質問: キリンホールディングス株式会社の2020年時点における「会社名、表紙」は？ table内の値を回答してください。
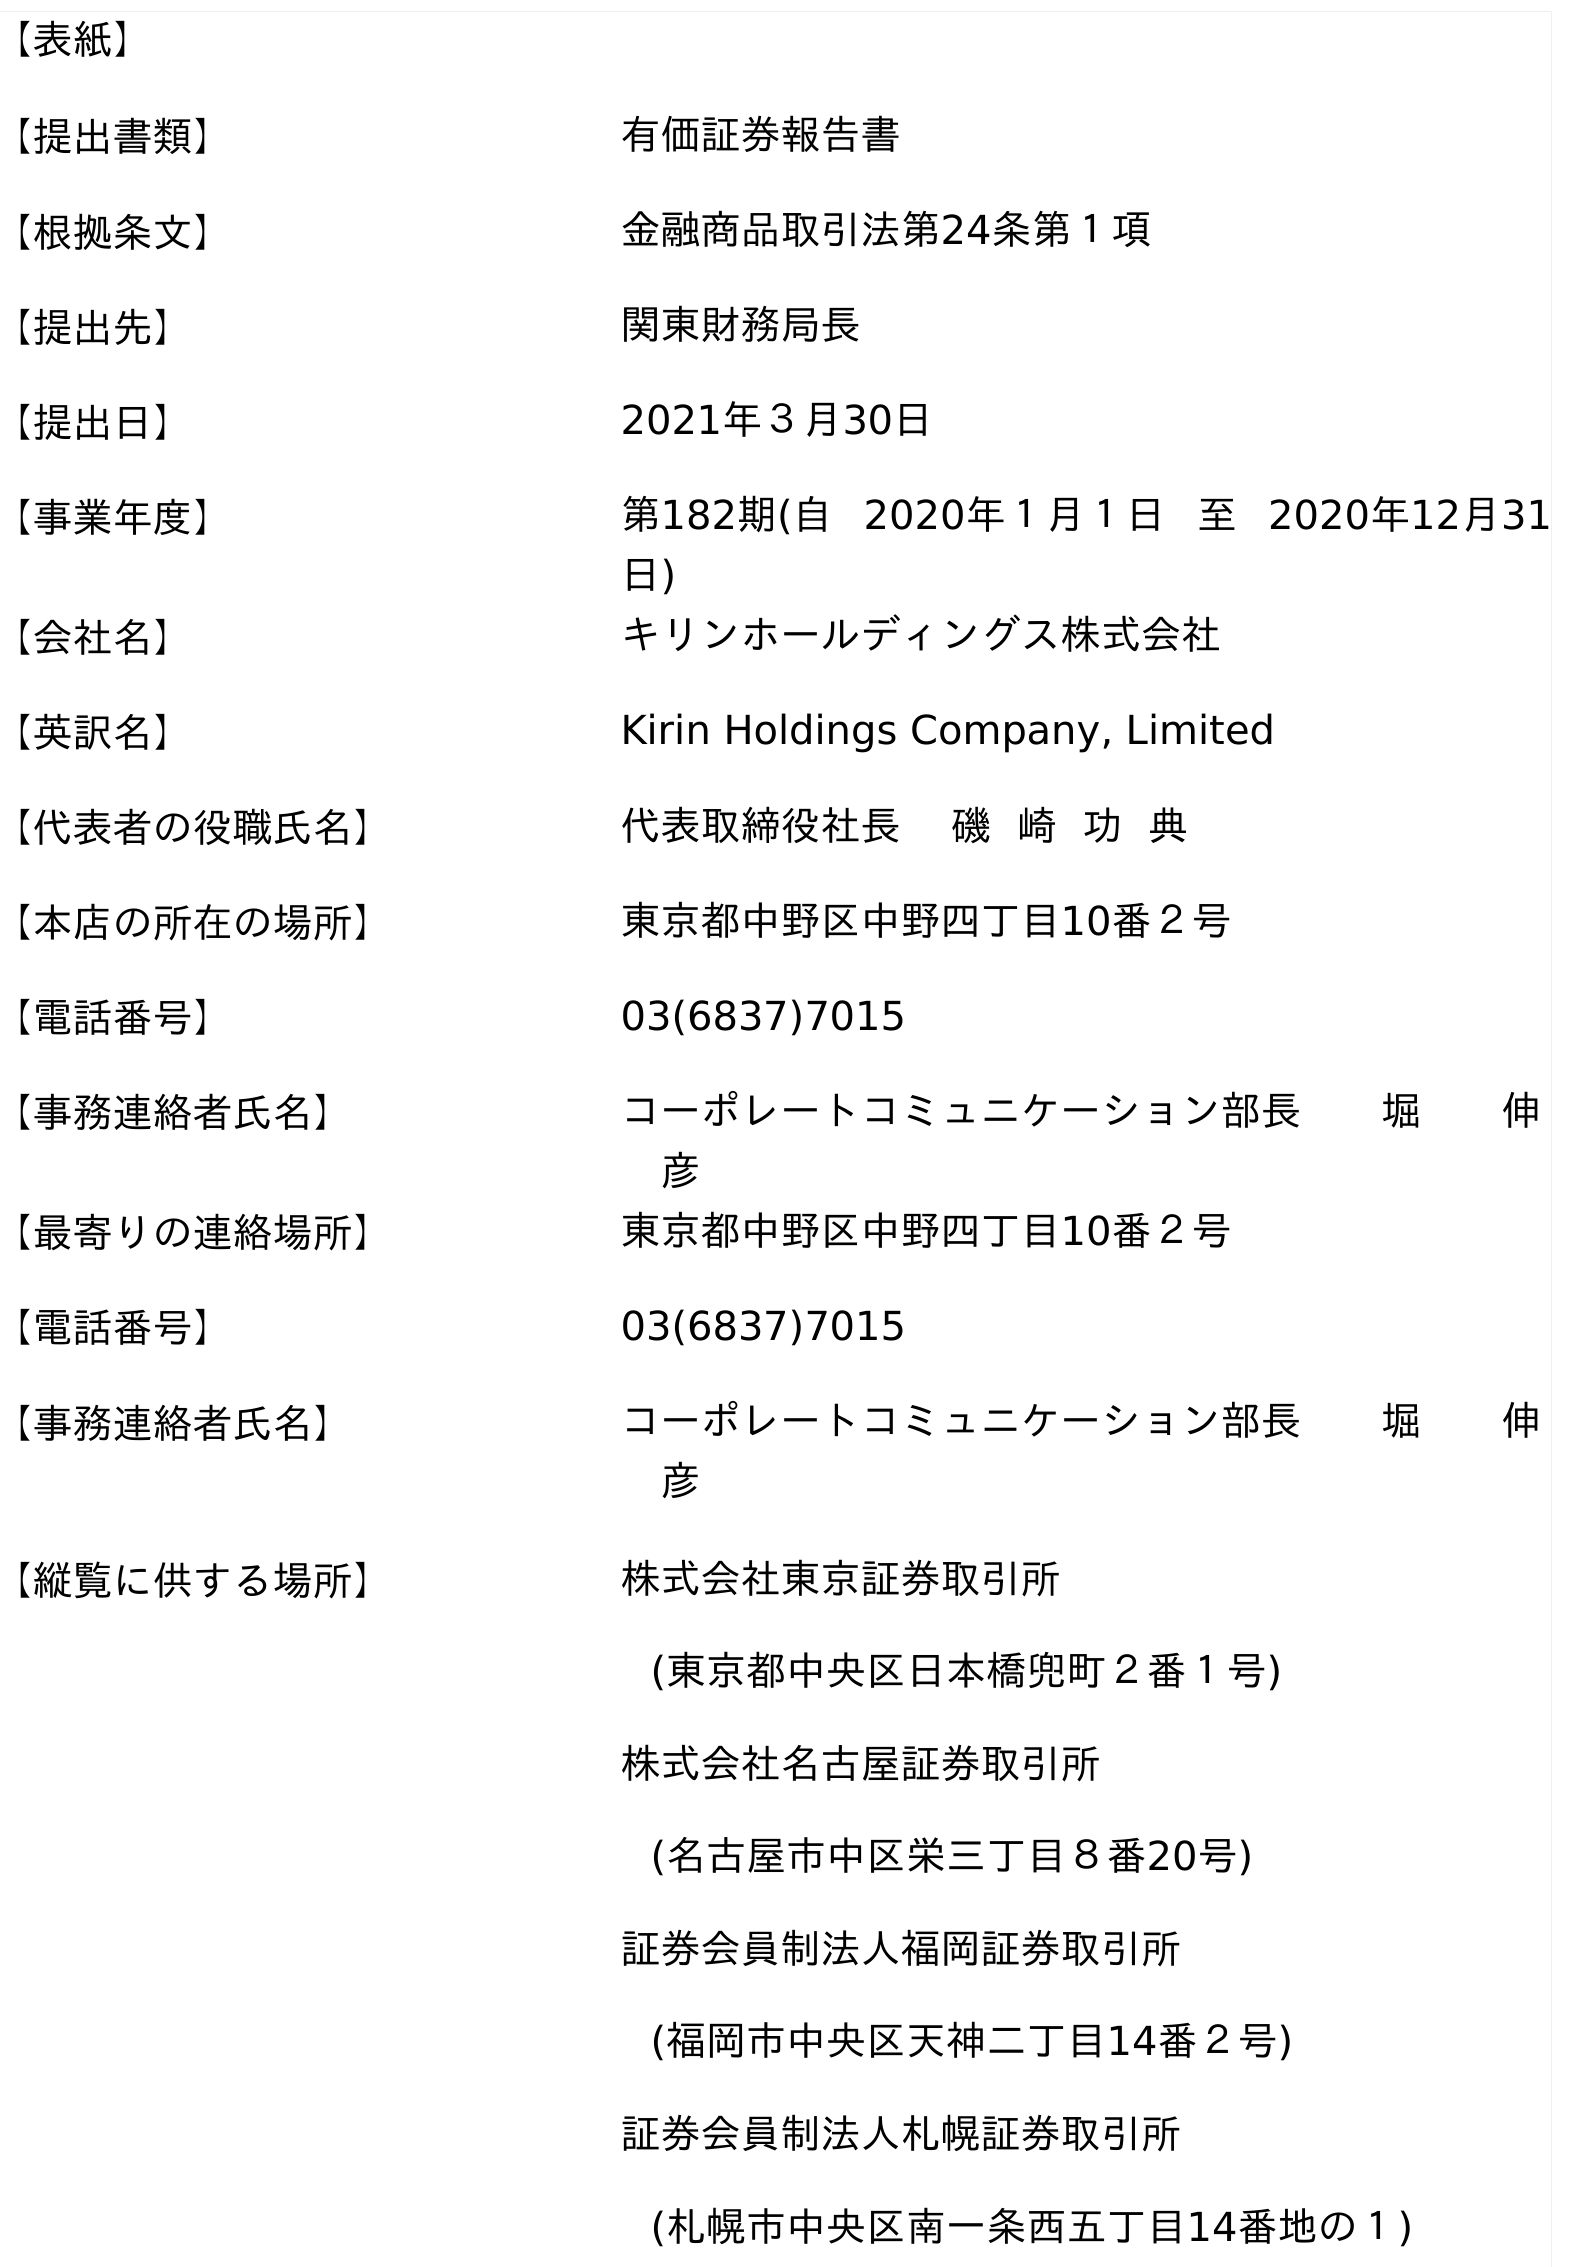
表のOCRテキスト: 【表紙】 【提出書類】 有価証券報告書 【根拠条文】 金融商品取引法第24条第１項 【提出先】 関東財務局長 【提出日】 2021年３月30日 【事業年度】 第182期(自 2020年１月１日 至 2020年12月31 日) 【会社名】 キリンホールディングス株式会社 【英訳名】 Kirin Holdings Company, Limited 【代表者の役職氏名】 代表取締役社長 磯 崎 功 典 【本店の所在の場所】 東京都中野区中野四丁目10番２号 【電話番号】 03(6837)7015 【事務連絡者氏名】 コーポレートコミュニケーション部長  堀  伸  彦 【最寄りの連絡場所】 東京都中野区中野四丁目10番２号 【電話番号】 03(6837)7015 【事務連絡者氏名】 コーポレートコミュニケーション部長  堀  伸  彦 【縦覧に供する場所】 株式会社東京証券取引所 (東京都中央区日本橋兜町２番１号) 株式会社名古屋証券取引所 (名古屋市中区栄三丁目８番20号) 証券会員制法人福岡証券取引所 (福岡市中央区天神二丁目14番２号) 証券会員制法人札幌証券取引所 (札幌市中央区南一条西五丁目14番地の１)
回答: キリンホールディングス株式会社